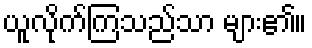
ယူလိုက်ကြသည်သာ များ၏။